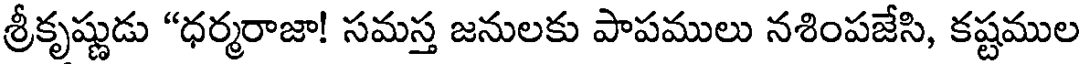
శ్రీకృష్ణుడు "ధర్మరాజా! సమస్త జనులకు పాపములు నశింపజేసి, కష్టముల